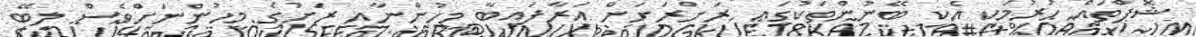
ޝޮޕްތައް ހުރުމަކީ އެކި ބޭނުންތަކުގައި ރަށްރަށަށް އަރާފައިބާ މީހުންނާއި ރަށުގެ މީހުންނަށްވެސް ލިބޭ